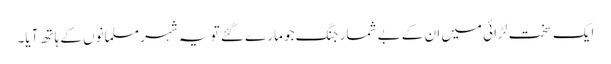
ایک سخت لڑائی میں ان کے بے شمار جنگ جو مارے گئے تو یہ شہر مسلمانوں کے ہاتھ آیا۔